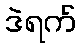
ဒဲရက်